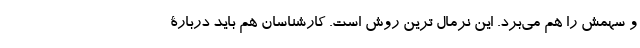
و سهمش را هم می‌برد. این نرمال ترین روش است. کارشناسان هم باید دربارۀ